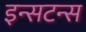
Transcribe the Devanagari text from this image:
इन्सटन्स